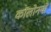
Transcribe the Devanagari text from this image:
कॉलोनयों